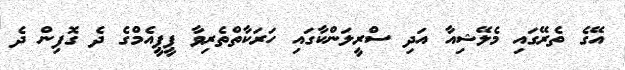
އޭގެ ތެރޭގައި މެލޭޝިއާ އަދި ސްރީލަންކާގައި ހަރަކާތްތެރިވާ ޕީޕީއެމްގެ ދެ ގޮފިން ދެ